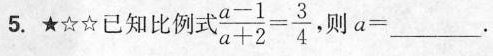
5.★☆☆已知比例式$$\frac{a-1}{a+2}= \frac{3}{4}$$则a=______。